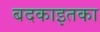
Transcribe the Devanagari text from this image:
बदकाइतका